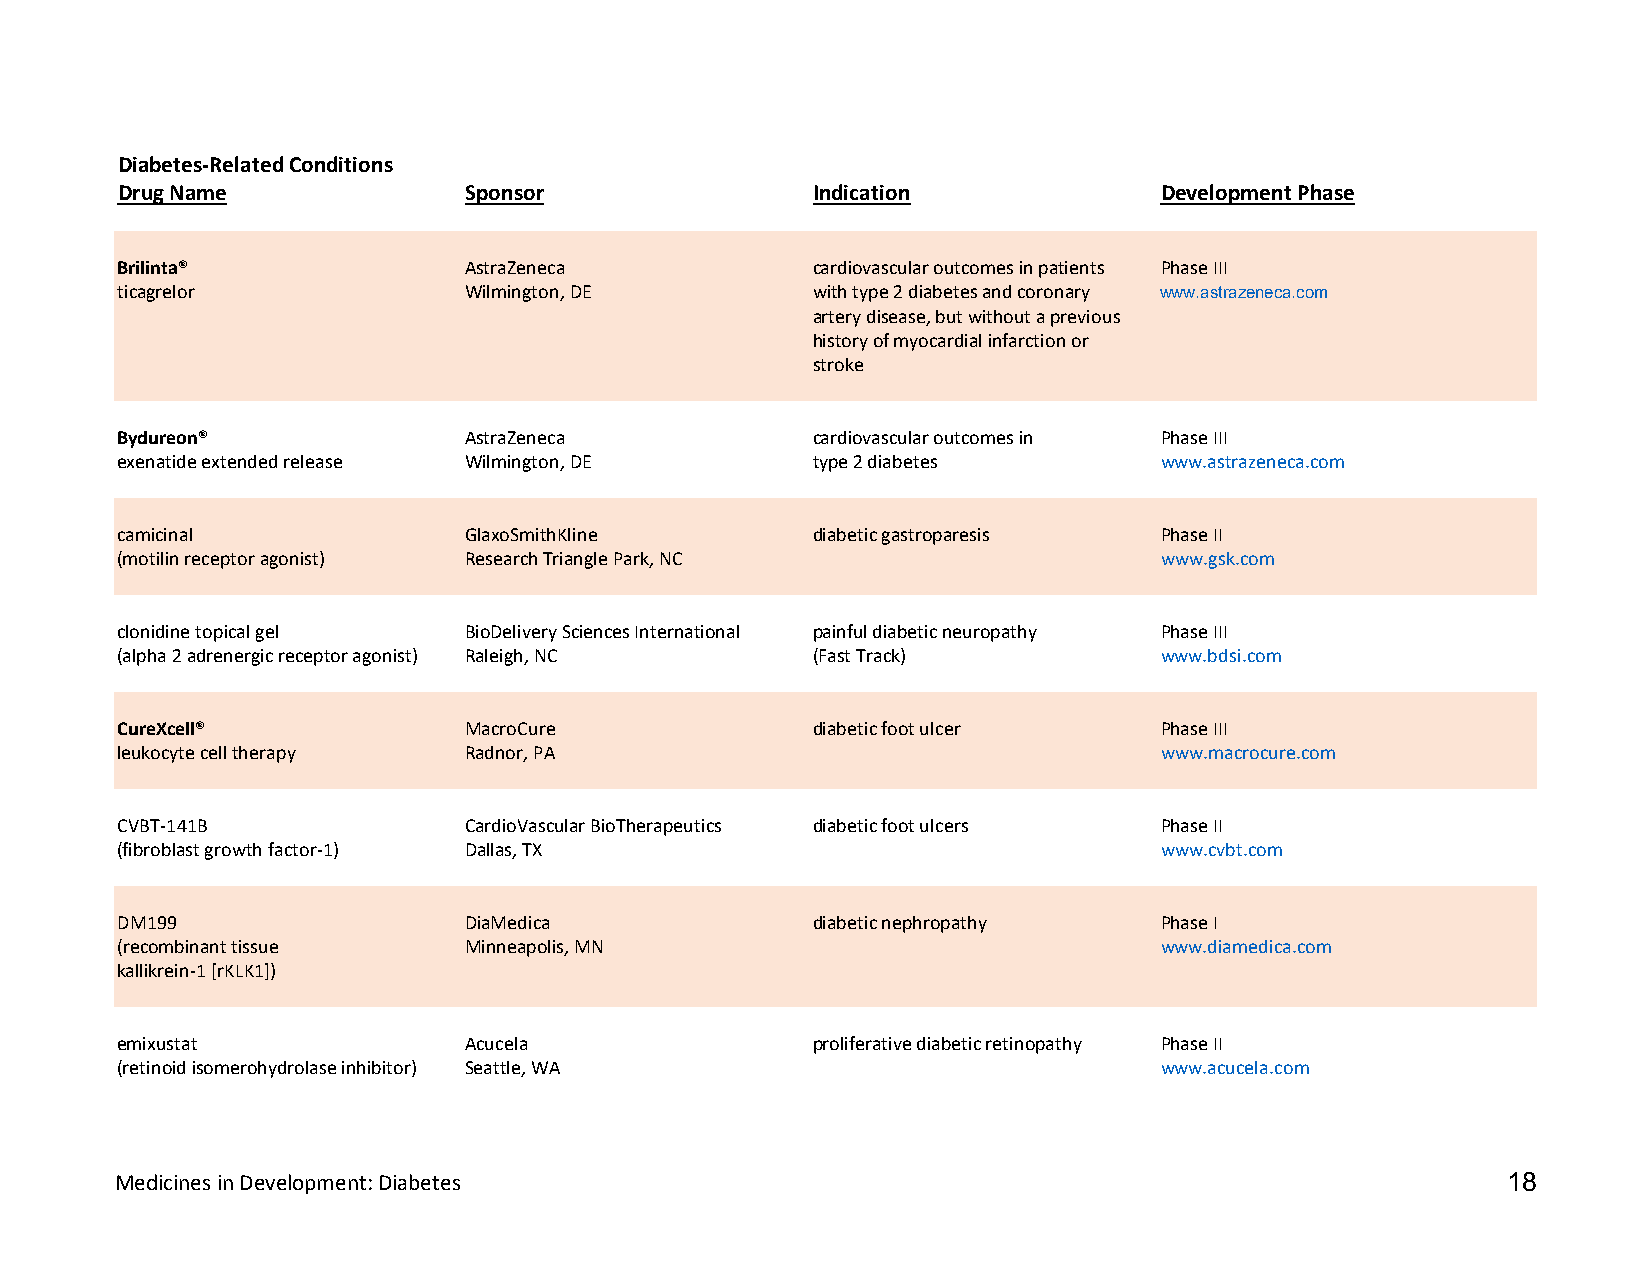
Diabetes-Related Conditions
 Drug Name              Sponsor                Indication             Development Phase
 Brilinta®              AstraZeneca            cardiovascular outcomes in patients Phase III
 ticagrelor             Wilmington, DE         with type 2 diabetes and coronary www.astrazeneca.com
 artery disease, but without a previous
 history of myocardial infarction or
 stroke
 Bydureon®              AstraZeneca            cardiovascular outcomes in Phase III
 exenatide extended release Wilmington, DE     type 2 diabetes        www.astrazeneca.com
 camicinal              GlaxoSmithKline        diabetic gastroparesis Phase II
 (motilin receptor agonist) Research Triangle Park, NC                www.gsk.com
 clonidine topical gel  BioDelivery Sciences International painful diabetic neuropathy Phase III
 (alpha 2 adrenergic receptor agonist) Raleigh, NC (Fast Track)       www.bdsi.com
 CureXcell®             MacroCure              diabetic foot ulcer    Phase III
 leukocyte cell therapy Radnor, PA                                    www.macrocure.com
 CVBT-141B              CardioVascular BioTherapeutics diabetic foot ulcers Phase II
 (fibroblast growth factor-1) Dallas, TX                              www.cvbt.com
 DM199                  DiaMedica              diabetic nephropathy   Phase I
 (recombinant tissue    Minneapolis, MN                               www.diamedica.com
 kallikrein-1 [rKLK1])
 emixustat              Acucela                proliferative diabetic retinopathy Phase II
 (retinoid isomerohydrolase inhibitor) Seattle, WA                    www.acucela.com
 Medicines in Development: Diabetes                                                          18